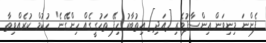
ފެންނަ މިނިވަން އިންސާފުވެރި [އަދި] އިތުބާރު ހިފޭ ތަހުގީގެއް ހިންގޭނެ" ހުކުމް ކުރެއްވިތާ